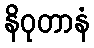
နိဝုတာနံ